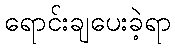
ရောင်းချပေးခဲ့ရာ